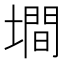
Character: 墹